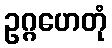
ဥဂ္ဂဟေတုံ